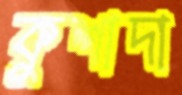
কুশাদা